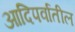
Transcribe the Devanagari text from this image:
आदिपर्वातील